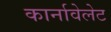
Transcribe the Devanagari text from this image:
कार्नावेलेट